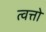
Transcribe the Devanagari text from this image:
त्वत्तो